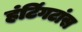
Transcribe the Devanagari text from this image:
हंटिंगटांस